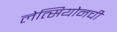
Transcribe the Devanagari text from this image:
लेत्सियोनची